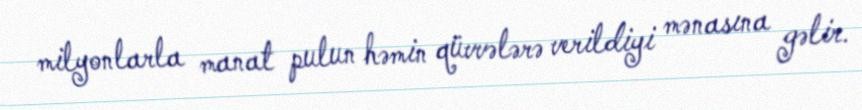
milyonlarla manat pulun həmin qüvvələrə verildiyi mənasına gəlir.